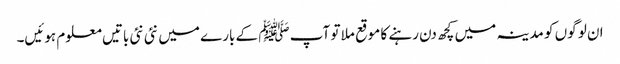
ا ن لو گوں کو مدینہ میں کچھ دن رہنے کا موقع ملا تو آپ ﷺ کے بارے میں نئی نئی باتیں معلوم ہوئیں۔